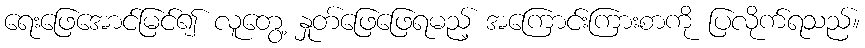
ရေးဖြေအောင်မြင်၍ လူတွေ့ နှုတ်ဖြေဖြေရမည့် အကြောင်းကြားစာကို ပြလိုက်ရသည်။